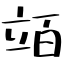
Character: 竡